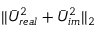
| | \bar { U } _ { r e a l } ^ { 2 } + \bar { U } _ { i m } ^ { 2 } | | _ { 2 }